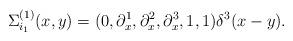
LaTeX: \begin{align*}\Sigma^{(1)}_{i_1}(x,y)=(0,\partial^1_x,\partial^2_x,\partial^3_x,1,1)\delta^3(x-y).\end{align*}